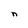
Character: n